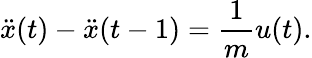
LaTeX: \ddot{x}(t)-\ddot{x}(t-1)=\frac{1}{m}u(t).